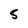
Character: 5